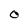
Character: O